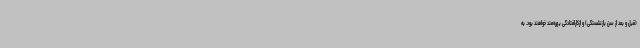
(قبل و بعد از سن بازنشستگی) و ازکارافتادگی بهره‌مند خواهند بود. به